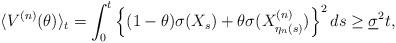
LaTeX: \begin{align*}\langle V^{(n)}(\theta) \rangle_t= \int_{0}^{t} \left\{ (1-\theta)\sigma(X_s) + \theta \sigma(X_{\eta_n(s)}^{(n)}) \right\}^2 ds\geq \underline{\sigma}^2 t,\end{align*}